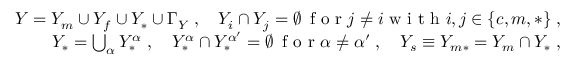
\begin{array} { r } { Y = Y _ { m } \cup Y _ { f } \cup Y _ { * } \cup \Gamma _ { Y } \; , \quad Y _ { i } \cap Y _ { j } = \emptyset \, \mathrm { ~ f ~ o ~ r ~ } j \not = i \mathrm { ~ w ~ i ~ t ~ h ~ } i , j \in \{ c , m , * \} \; , } \\ { Y _ { * } = \bigcup _ { \alpha } Y _ { * } ^ { \alpha } \; , \quad Y _ { * } ^ { \alpha } \cap Y _ { * } ^ { { \alpha } ^ { \prime } } = \emptyset \, \mathrm { ~ f ~ o ~ r ~ } { \alpha } \not = { \alpha } ^ { \prime } \; , \quad Y _ { s } \equiv Y _ { m * } = Y _ { m } \cap Y _ { * } \; , } \end{array}